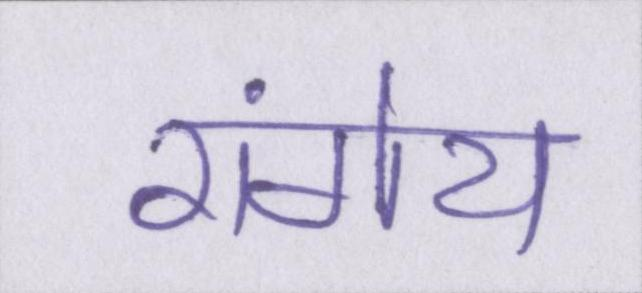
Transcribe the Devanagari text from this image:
रांगेय